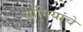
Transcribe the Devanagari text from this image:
योगियांचे